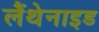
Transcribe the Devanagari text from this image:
लैंथेनाइड